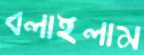
বলাইলাম